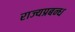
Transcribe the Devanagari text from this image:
राज्यप्रबन्ध